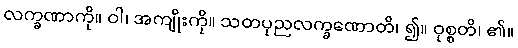
လက္ခဏာကို။ ဝါ၊ အကျိုးကို။ သတပုညလက္ခဏောတိ၊ ၍။ ဝုစ္စတိ၊ ၏။